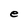
Character: e